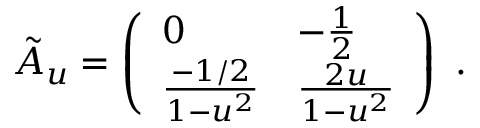
\tilde { \cal A } _ { u } = \left( \begin{array} { l l } { { 0 } } & { { - { \frac { 1 } { 2 } } } } \\ { { { \frac { - 1 / 2 } { 1 - u ^ { 2 } } } } } & { { { \frac { 2 u } { 1 - u ^ { 2 } } } } } \end{array} \right) \ .